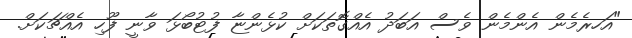
"އަހރެމެން އެންމެން ވެސް އަބަދު އެއްގޮތަކަށް ކުޅެންޏާ ފުޓުބޯޅަ ވާނީ ފޫހި އެއްޗަކަށް.